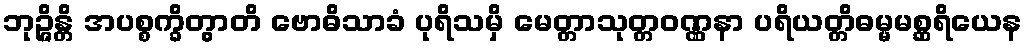
ဘုဉ္ဇိန္တိ အပစ္စက္ခိတွာတိ ဗောဓိသာခံ ပုရိသမှိ မေတ္တာသုတ္တဝဏ္ဏနာ ပရိယတ္တိဓမ္မမစ္ဆရိယေန